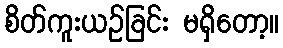
စိတ်ကူးယဉ်ခြင်း မရှိတော့။